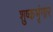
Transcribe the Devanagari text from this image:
शुष्कभृंगार